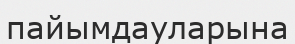
пайымдауларына